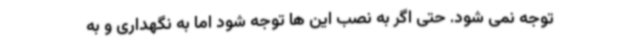
توجه نمی شود. حتی اگر به نصب این ها توجه شود اما به نگهداری و به